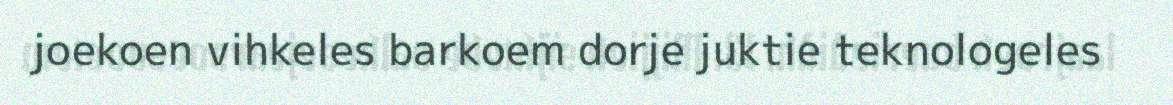
joekoen vihkeles barkoem dorje juktie teknologeles